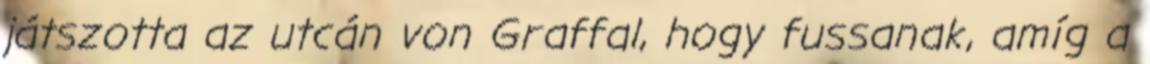
játszotta az utcán von Graffal, hogy fussanak, amíg a